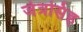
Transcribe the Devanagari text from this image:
जेत्रसिंह